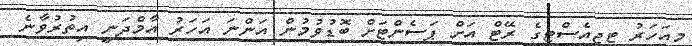
މިއަހަރު ޓީޖީއެސްޓީގެ ރޭޓް އަށް ޕަސެންޓަށް ބޮޑުވުމުން އަންނަ އަހަރު އާމްދަނީ އިތުރުވާނެ